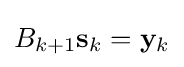
B_{k+1}\mathbf {s} _{k}=\mathbf {y} _{k}